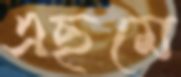
এছমে